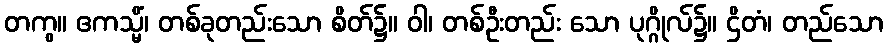
တကွ။ ဧကသ္မိံ၊ တစ်ခုတည်းသော စိတ်၌။ ဝါ၊ တစ်ဦးတည်း သော ပုဂ္ဂိုလ်၌။ ဌိတံ၊ တည်သော